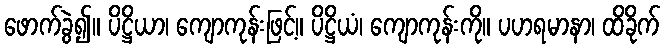
ဖောက်ခွဲ၍။ ပိဋ္ဌိယာ၊ ကျောကုန်းဖြင့်။ ပိဋ္ဌိယံ၊ ကျောကုန်းကို။ ပဟရမာနာ၊ ထိခိုက်